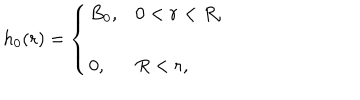
h _ { 0 } ( r ) = \left\{ \begin{array} { l l } { { \displaystyle B _ { 0 } , } } & { { 0 < r < R , } } \\ { { \displaystyle 0 , } } & { { R < r , } } \\ \end{array} \right.